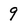
Character: 9